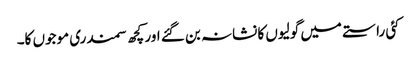
کئی راستے میں گولیوں کا نشانہ بن گئے اور کچھ سمندری موجوں کا۔